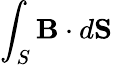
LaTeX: \int_{S}{\mathbf B}\cdot d{\mathbf S}